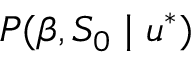
P ( \beta , S _ { 0 } \mid u ^ { * } )